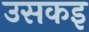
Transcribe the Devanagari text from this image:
उसकइ